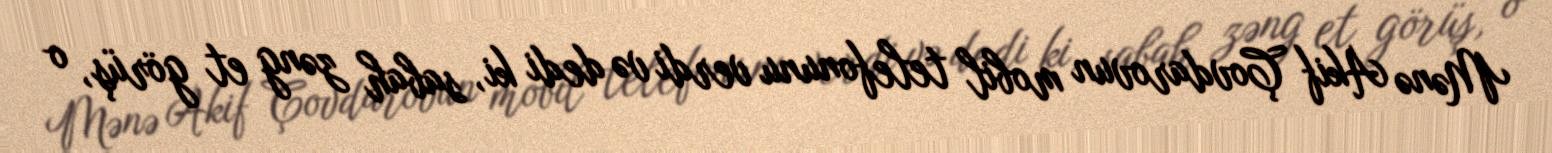
Mənə Akif Çovdarovun mobil telefonunu verdi və dedi ki, sabah zəng et görüş, o